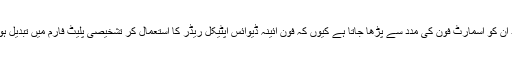
اس کے بعد ان کو اسمارٹ فون کی مدد سے پڑھا جاتا ہے کیوں کہ فون آئینہ ڈیوائس آپٹیکل ریڈر کا استعمال کر تشخیصی پلیٹ فارم میں تبدیل ہو جاتے ہیں۔